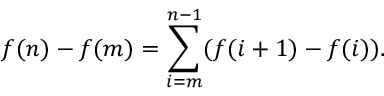
f ( n ) - f ( m ) = \sum _ { i = m } ^ { n - 1 } ( f ( i + 1 ) - f ( i ) ) .